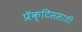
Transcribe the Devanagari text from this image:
प्रॅक्टिससाठी